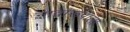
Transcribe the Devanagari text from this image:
नावांरूपाला